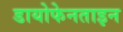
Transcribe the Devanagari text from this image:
डायोफेनताइन